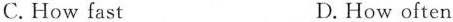
C. How fast D. How often